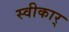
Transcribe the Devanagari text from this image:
स्वीकार्